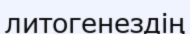
литогенездің